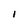
Character: l